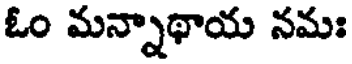
ఓం మన్నాథాయ నమః